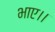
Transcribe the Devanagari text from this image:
भाए।।